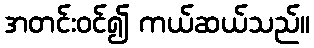
အတင်းဝင်၍ ကယ်ဆယ်သည်။